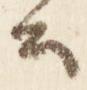
公